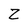
Character: Z